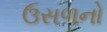
ઉસળનો